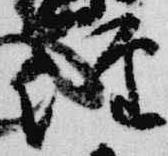
経